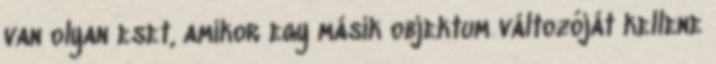
van olyan eset, amikor egy másik objektum változóját kellene